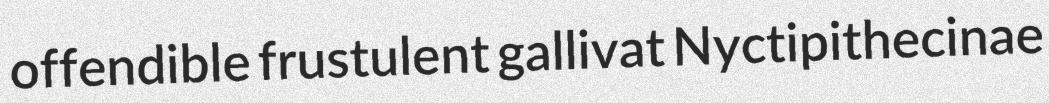
offendible frustulent gallivat Nyctipithecinae